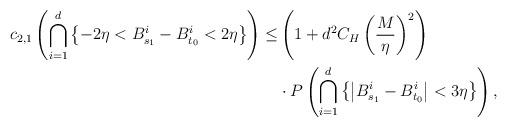
LaTeX: \begin{align*}\begin{aligned}c_{2,1}\left(\bigcap_{i=1}^{d}\left\{ -2\eta<B_{s_{1}}^{i}-B_{t_{0}}^{i}<2\eta\right\} \right)\leq & \left(1+d^{2}C_{H}\left(\frac{M}{\eta}\right)^{2}\right)\\ & \cdot P\left(\bigcap_{i=1}^{d}\left\{ \left|B_{s_{1}}^{i}-B_{t_{0}}^{i}\right|<3\eta\right\} \right),\end{aligned}\end{align*}